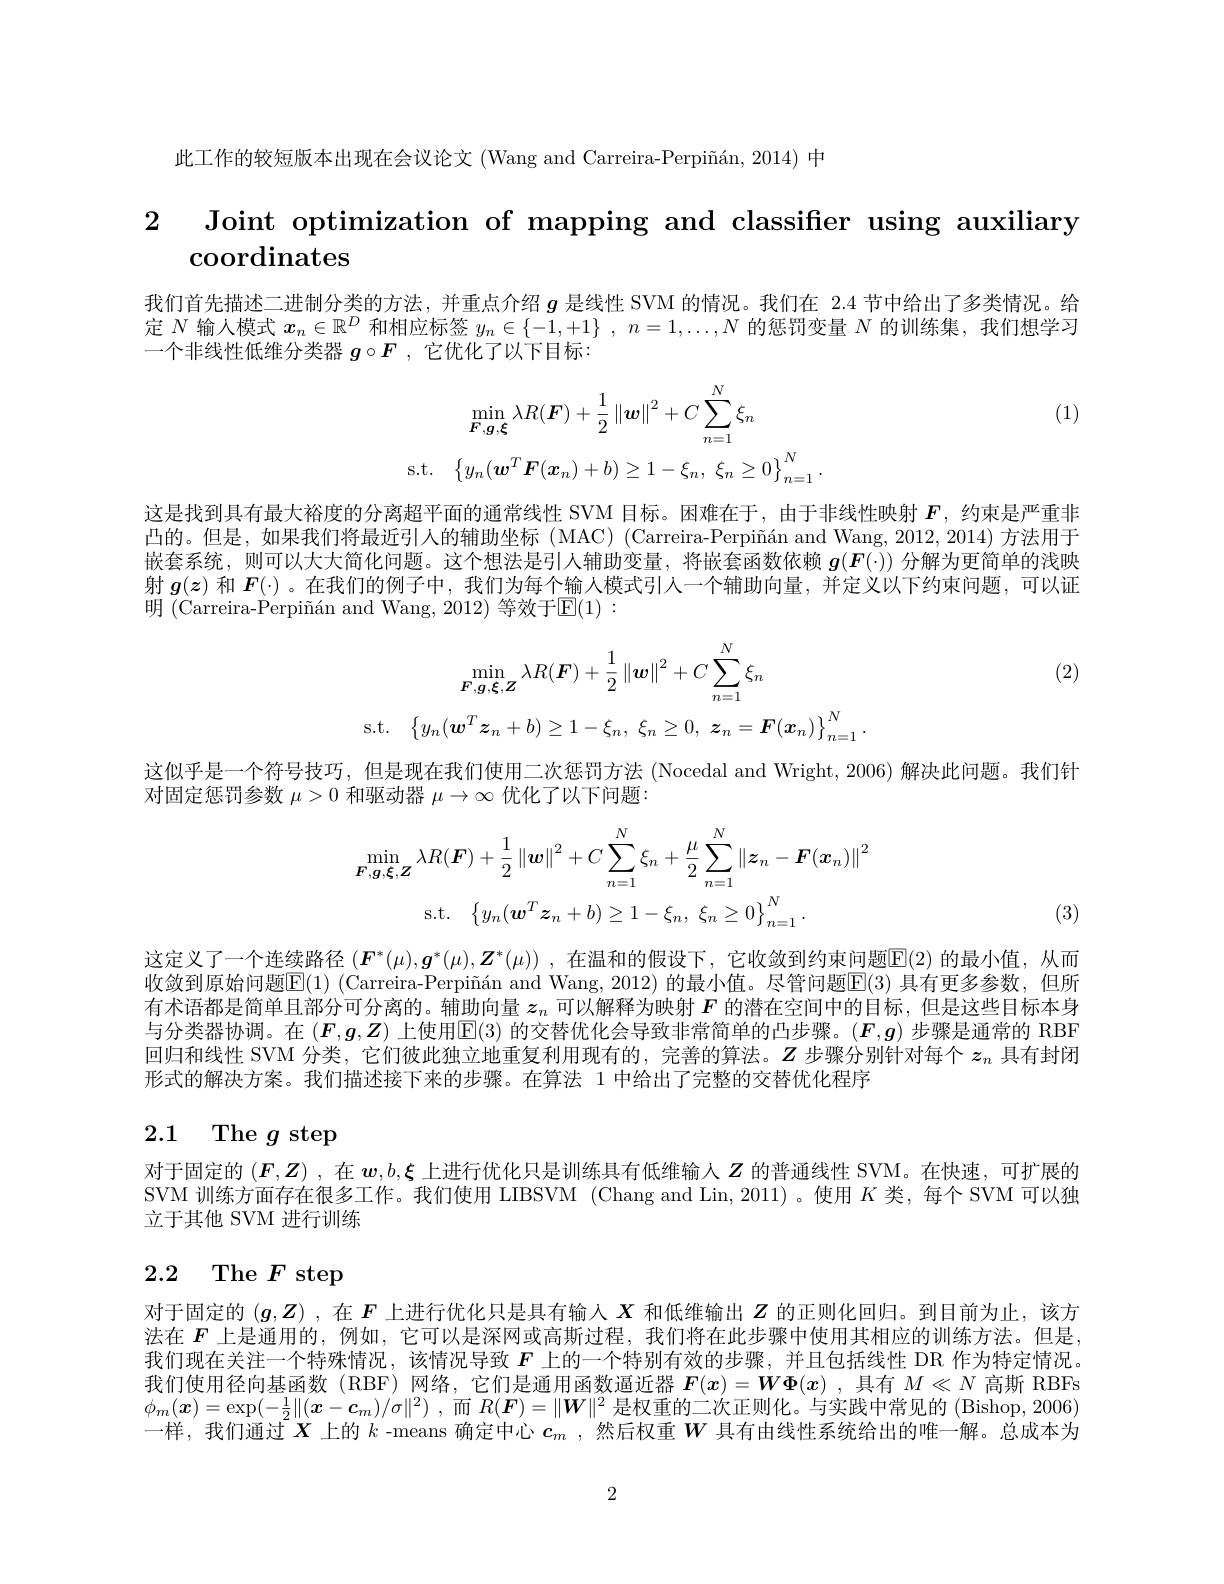
此工作的较短版本出现在会议论文 (Wang and Carreira-Perpiñán, 2014) 中

2 Joint optimization of mapping and classifer using auxiliary

$\operatorname{coordinates}$

我们首先描述二进制分类的方法，并重点介绍$g$是线性 SVM 的情况。我们在 2.4 节中给出了多类情况。给定$N$输人模式$x_n\in\mathbb{R}^D$和相应标签$y_n\in\{-1,+1\}$ , $n=1,\ldots,N$的惩罚变量$N$的训练集 ,我们想学习一个非线性低维分类器$g\circ F$ ,它优化了以下目标：

(1)
$$\operatorname*{min}_{\boldsymbol{F},\boldsymbol{g},\boldsymbol{\xi}}\lambda R(\boldsymbol{F})+\frac{1}{2}\left\|\boldsymbol{w}\right\|^{2}+C\sum_{n=1}^{N}\xi_{n}\\\mathrm{s.t.}\quad\left\{y_{n}(\boldsymbol{w}^{T}\boldsymbol{F}(\boldsymbol{x}_{n})+b)\geq1-\xi_{n},\:\xi_{n}\geq0\right\}_{n=1}^{N}.$$
这是找到具有最大裕度的分离超平面的通常线性 SVM 目标。因难在于，由于非线性映射$F$,约束是严重非凸的。但是，如果我们将最近引人的辅助坐标(MAC)(Carreira-Perpiñán and Wang, 2012, 2014) 方法用于嵌套系统，则可以大大简化问题。这个想法是引入辅助变量，将嵌套函数依赖$g(F(\cdot))$分解为更简单的浅映射$g(z)$和$F(\cdot)$ 。在我们的例子中，我们为每个输人模式引入一个辅助向量，并定义以下约束问题，可以证明 (Carreira-Perpiñán and Wang, 2012) 等效于$\mathbb{E}(1):$

(2)
$$\min_{\boldsymbol{F},\boldsymbol{g},\boldsymbol{\xi},\boldsymbol{Z}}\lambda R(\boldsymbol{F})+\frac{1}{2}\left\|\boldsymbol{w}\right\|^{2}+C\sum_{n=1}^{N}\xi_{n}\\\mathrm{s.t.}\quad\left\{y_{n}(\boldsymbol{w}^{T}\boldsymbol{z}_{n}+b)\geq1-\xi_{n},\:\xi_{n}\geq0,\:\boldsymbol{z}_{n}=\boldsymbol{F}(\boldsymbol{x}_{n})\right\}_{n=1}^{N}.$$
这似乎是一个符号技巧，但是现在我们使用二次惩罚方法 (Nocedal and Wright, 2006) 解决此问题。我们针
对固定惩罚参数$\mu>0$和驱动器$\mu\to\infty$优化了以下问题：
$$\min_{\boldsymbol{F},\boldsymbol{g},\boldsymbol{\xi},\boldsymbol{Z}}\lambda R(\boldsymbol{F})+\frac{1}{2}\left\|\boldsymbol{w}\right\|^{2}+C\sum_{n=1}^{N}\xi_{n}+\frac{\mu}{2}\sum_{n=1}^{N}\left\|\boldsymbol{z}_{n}-\boldsymbol{F}(\boldsymbol{x}_{n})\right\|^{2}\\\mathrm{s.t.}\quad\left\{y_{n}(\boldsymbol{w}^{T}\boldsymbol{z}_{n}+b)\geq1-\xi_{n},\:\xi_{n}\geq0\right\}_{n=1}^{N}.$$
(3)

这定义了一个连续路径 $(\boldsymbol F^*(\mu),\boldsymbol{g}^*(\mu),\boldsymbol{Z}^*(\mu))$ ,在温和的假设下，它收敛到约束问题$\overline{\mathrm{E}}(2)$ 的最小值，从而收敛到原始问题$\overline{\mathbb{E}}(1)$ (Carreira-Perpiñán and Wang, 2012) 的最小值。尽管问题$\overline{\mathbb{E}}(3)$ 具有更多参数，但所有术语都是简单且部分可分离的。辅助向量$z_n$可以解释为映射$F$的潜在空间中的目标，但是这些目标本身与分类器协调。在$(F,g,Z)$上使用$\mathbb{E}(3)$的交替优化会导致非常简单的凸步骤。$(F,g)$步骤是通常的 RBF 回归和线性 SVM 分类，它们彼此独立地重复利用现有的，完善的算法。$Z$步骤分别针对每个$z_n$具有封闭形式的解决方案。我们描述接下来的步骤。在算法 1 中给出了完整的交替优化程序

# 2.1 The $g$ step

对于固定的$(\boldsymbol{F},\boldsymbol{Z})$ ,在$\boldsymbol{w},b,\boldsymbol{\xi}$上进行优化只是训练具有低维输入$\boldsymbol{Z}$的普通线性 SVM。在快速，可扩展的SVM 训练方面存在很多工作。我们使用 LIBSVM (Chang and Lin, 2011)。使用$K$类，每个 SVM 可以独立于其他 SVM 进行训练

# 2.2 The $F$ step

对于固定的$(g,Z)$ ,在$F$上进行优化只是具有输入$X$和低维输出$Z$的正则化回归。到目前为止，该方法在$F$上是通用的，例如，它可以是深网或高斯过程，我们将在此步骤中使用其相应的训练方法。但是， 我们现在关注一个特殊情况，该情况导致$F$上的一个特别有效的步骤，并且包括线性 DR 作为特定情况。我们使用径向基函数(RBF)网络，它们是通用函数逼近器$\boldsymbol{F}(x)=\boldsymbol{W\Phi}(x)$ ,具有$M\ll N$高斯 RBFs $\phi_m(x)=\exp(-\frac12\|(x-\boldsymbol{c}_m)/\sigma\|^2)$ ,而$R(\boldsymbol{F})=\|\boldsymbol{W}\|^2$是权重的二次正则化。与实践中常见的 (Bishop, 2006) 一样，我们通过$\bar{\boldsymbol{X}\text{上的 }k\text{ -means 确定中心 }c_m}$ ,然后权重 $W$ 具有由线性系统给出的唯一解。总成本为

2